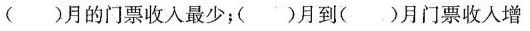
()月的门票收入最少；()月到()月门票收入增